Report on sanitation, dispensaries, and jails in Rajputana for 1919, and on vaccination for the year 1919-1920 - 1919-1920
Year: 1919
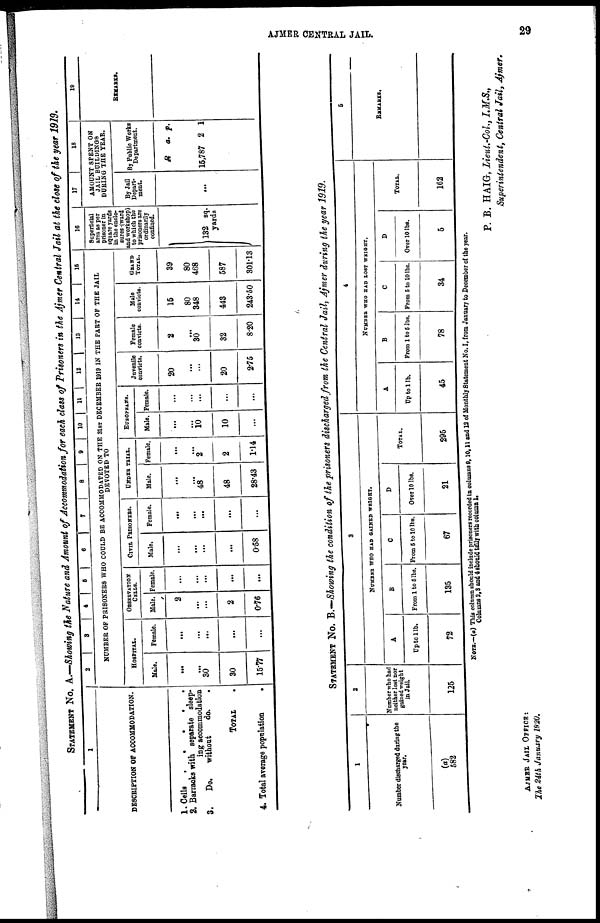
AJMER CENTRAL JAIL.
29
STATEMENT No. A.—Showing the Nature and Amount of Accommodation for each class of Prisoners in the Ajmer Central Jail at the close of the year 1919.
1
DESCRIPTION OF ACCOMMODATION.
1. Cells
.
.
.
.
.
.
2. Barracks with separate sleep-
ing accommodation
3.
Do.
without
do.
TOTAL .
4. Total average population
.
2
3
4
5 6
7
8
9
10
11 12
13
14
15
NUMBER OF PRISONERS WHO COULD BE ACCOMMODATED ON THE 31ST DECEMBER 1919 IN THE PART OF THE JAIL
DEVOTED TO
HOSPITAL.
Male.
...
...
30
30
15.77
Female.
...
...
...
...
...
OBSERVATION
CELLS.
Male.
2
...
...
2
0.76
Female.
...
...
...
...
...
CIVIL PRISONERS.
Male.
...
...
...
...
0.58
Female.
...
...
...
...
...
UNDER TRIAL.
Male.
...
...
48
48
28.43
Female.
...
...
2
2
1.14
EUROPEANS.
Male.
...
...
10
10
...
Female.
...
...
...
...
...
Juvenile
convicts.
20
...
...
20
2.75
Female
convicts.
2
...
30
32
8.20
Male
convicts.
15
80
348
443
243.50
GRAND
TOTAL.
39
80
468
587
301.13
16
Superficial
area as per
prisoner in
square yards
in the enclo-
sures (ward
and workshop)
to which the
prisoners are
ordinarily
confined.
132 sq.
yards
17
18
AMOUNT SPENT ON
JAIL BUILDINGS
DURING THE YEAR.
By Jail
Depart-
ment.
...
By Public Works
Department.
R
15,787
a.
2
p.
1
19
REMARKS.
STATEMENT No. B.—Showing the condition of the prisoners discharged from the Central Jail, Ajmer during the year 1919.
1
Number discharged during the
year.
(a)
582
2
Number who had
neither lost nor
gained weight
in Jail.
125
3
NUMBER WHO HAD GAINED WEIGHT.
A
Up to 1 lb.
72
B
From 1 to 5 lbs.
135
C
From 5 to 10 lbs.
67
D
Over 10 lbs.
21
TOTAL.
295
4
NUMBER WHO HAD LOST WEIGHT.
A
Up to 1 lb.
45
B
From 1 to 5 lbs.
78
C
From 5 to 10 lbs.
34
D
Over 10 lbs.
5
TOTAL.
162
5
REMARKS.
NOTE.—(a) This column should include prisoners recorded in columns 9,10,11 and 12 of Monthly Statement No. I. from January to December of the year.
Columns 2,3 and 4 should tally with column 1.
AJMER JAIL OFFICE:
The 24th January 1920.
P. B. HAIG, Lieut.-Col., I.M.S.,
Superintendent, Central Jail, Ajmer.